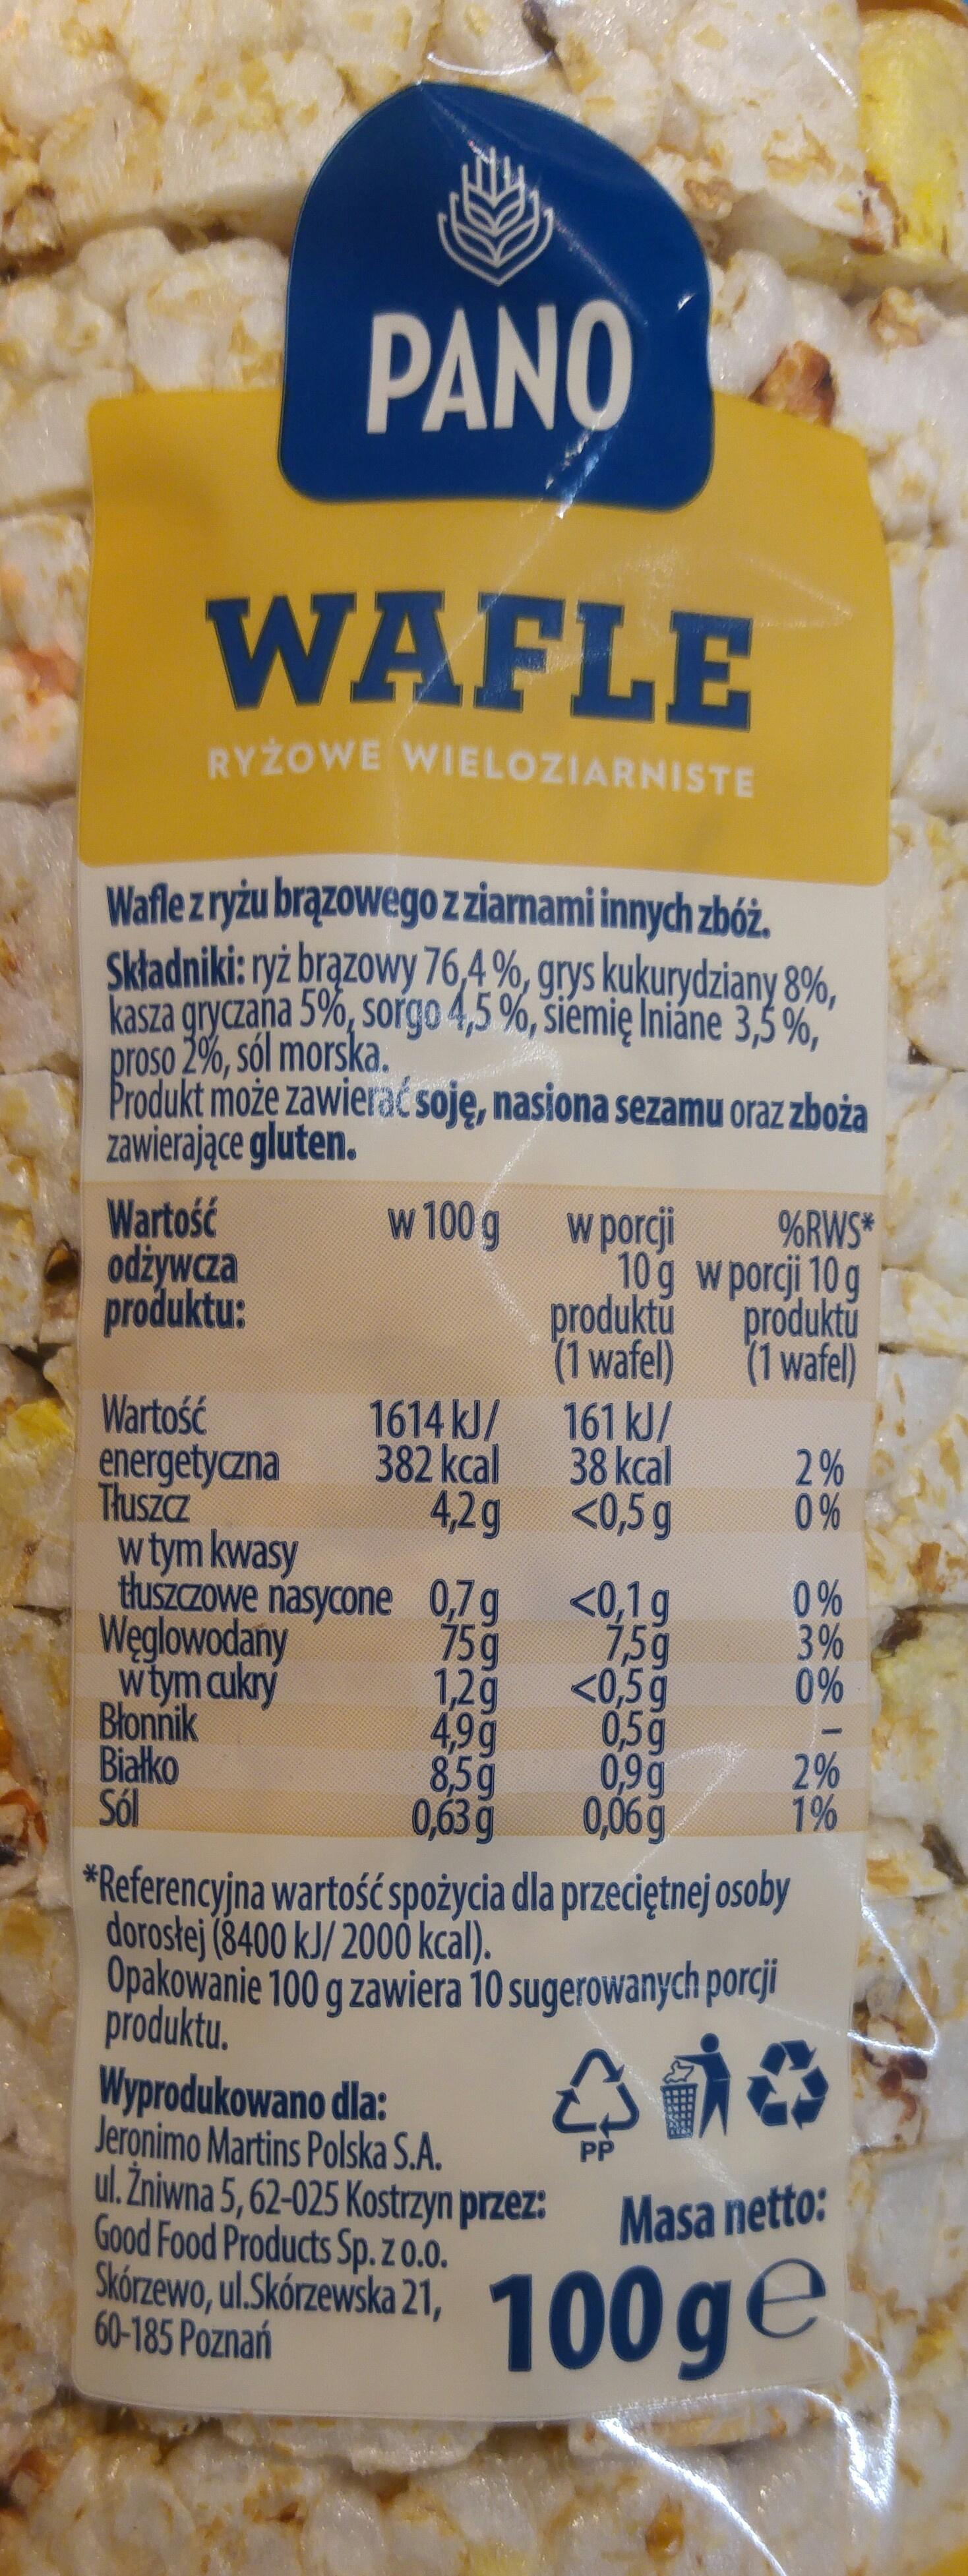
PANO WAFLE RYŻOWE WIELOZIARNISTE Wafle zryżu brązowego zziamami innych zbóż. Skladniki: ryż brązowy 76,4 %, grys kukurydziany 8%, kasza gryczana 5%, sorgo 4,5 %, šiemię Iniáne 3,5 %, proso 2%, sól morska. Produkt może zawierać soję, nasiona sezamu oraz zboża zawierające gluten. Wartość odżywcza produktu: w 100 g wporcji %RWS* 10g wporcji 10 g produktú produktú (1 wafel) (1 wafel) Wartość energetyczna 382 kcal Thuszcz wtym kwasy thuszczowe nasycone 0,7g Weglowodany wtym aukry Błonnik Białko Sól 1614 kJ/ 161 kJ/ 38 kcal 2% 0 % 4,2g <0,5g <0,1 g 159 <0,5g 0 % 3% 0% 75g 7,5g 1,2g 49g 8,5g 09g 0,06g 0,5g 2% 1% 0,63 g *Referencyjna wartość spożycia dla przeciętnej osoby dorostej (8400 kJ/ 2000 kcal). Opakowanie 100 g zawiera 10 sugerowanych porcji produktu. Wyprodukowano dla: Jeronimo Martins Polska S.A. ul. Žniwna 5, 62-025 Kostrzyn przez: Good Food Products Sp. Z0.0. Skórzewo, ul.Skórzewska 21, 60-185 Poznań PP Masa netto: 100ge కేడీీ సీి